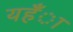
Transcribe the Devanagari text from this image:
यहँा